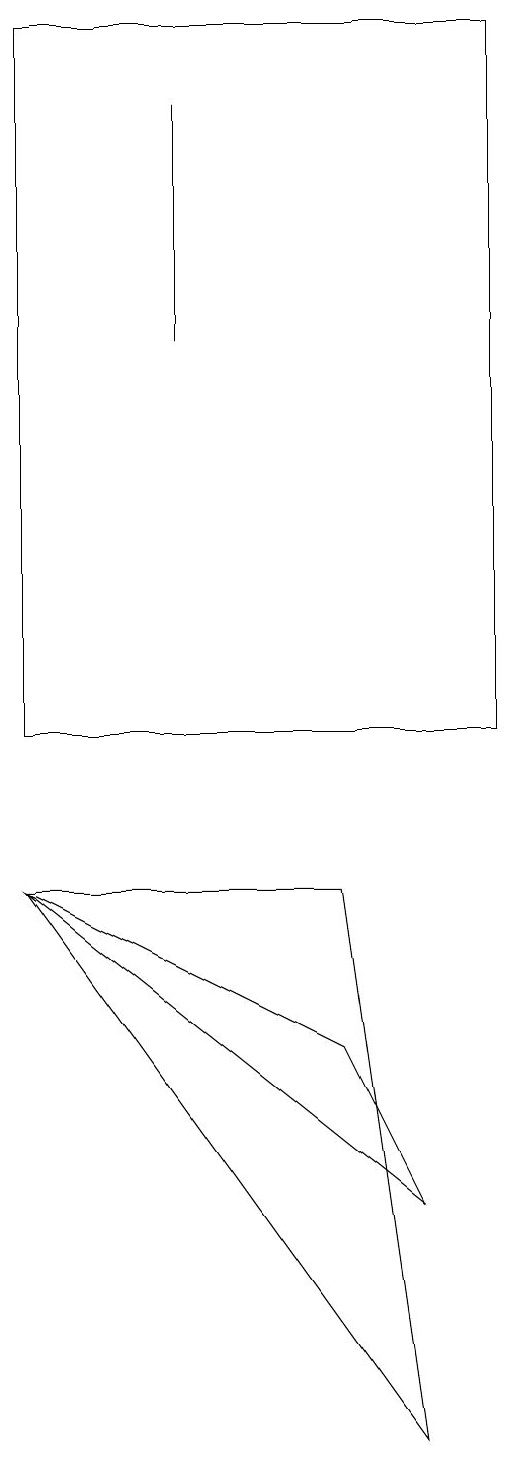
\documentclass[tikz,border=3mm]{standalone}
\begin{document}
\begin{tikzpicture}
\draw (6,10) rectangle (0,19);
\draw (5,1) -- (4,8) -- (0,8) -- cycle;
\draw (0,19) rectangle (1,19);
\draw (2,15) rectangle (2,18);
\draw (0,8) -- (4,6) -- (5,4) -- cycle;
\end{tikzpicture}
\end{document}